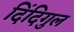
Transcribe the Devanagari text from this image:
दिंदिगुल